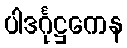
ပါဒင်္ဂုဋ္ဌကေန